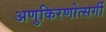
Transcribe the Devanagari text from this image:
अणुकिरणोत्सर्गी